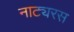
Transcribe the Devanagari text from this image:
नाट्यरस